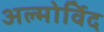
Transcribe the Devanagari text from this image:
अल्मोर्विद